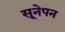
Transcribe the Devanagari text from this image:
सूनेपन